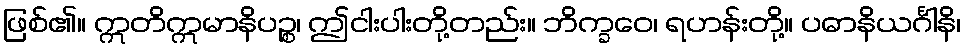
ဖြစ်၏။ ဣတိဣမာနိပဉ္စ၊ ဤငါးပါးတို့တည်း။ ဘိက္ခဝေ၊ ရဟန်းတို့။ ပဓာနိယင်္ဂါနိ၊